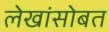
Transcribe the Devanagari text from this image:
लेखांसोबत